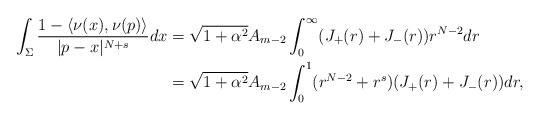
LaTeX: \begin{align*}\int_{\Sigma}\frac{1-\langle \nu(x), \nu (p) \rangle }{|p-x|^{N+s}} dx&=\sqrt{1+\alpha^2}A_{m-2}\int_0^\infty( J_+(r) + J_-(r)) r^{N-2} dr\\&=\sqrt{1+\alpha^2}A_{m-2}\int_0^1(r^{N-2} + r^s)( J_+(r) + J_-(r)) dr ,\end{align*}